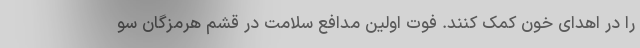
را در اهدای خون کمک کنند. فوت اولین مدافع سلامت در قشم هرمزگان سو